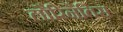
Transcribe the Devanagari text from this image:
लौरिनैतिस